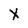
Character: X